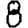
Digit: 8